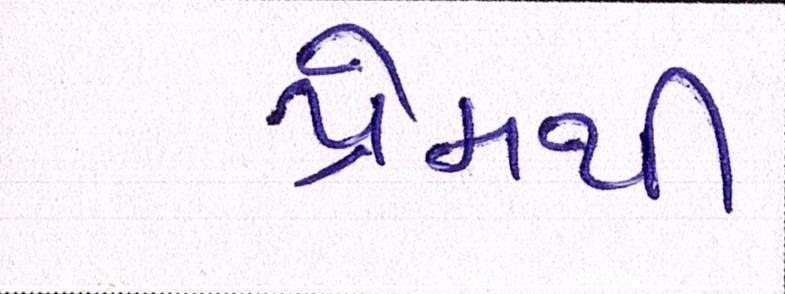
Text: પ્રેમથી